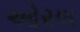
ઓરલ